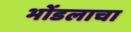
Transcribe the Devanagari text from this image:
भोंडलाचा